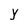
Character: Y